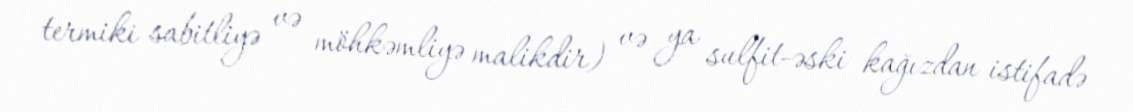
termiki sabitliyə və möhkəmliyə malikdir) və ya sulfit-əski kağızdan istifadə